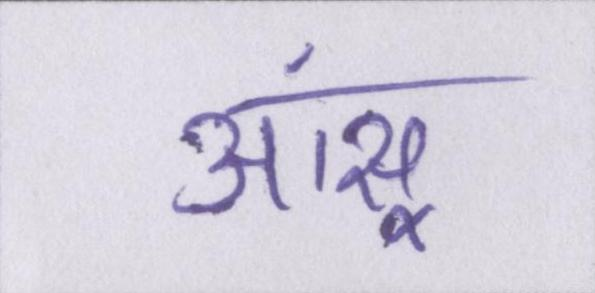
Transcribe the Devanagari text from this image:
आंसू